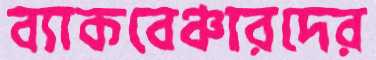
ব্যাকবেঞ্চারদের